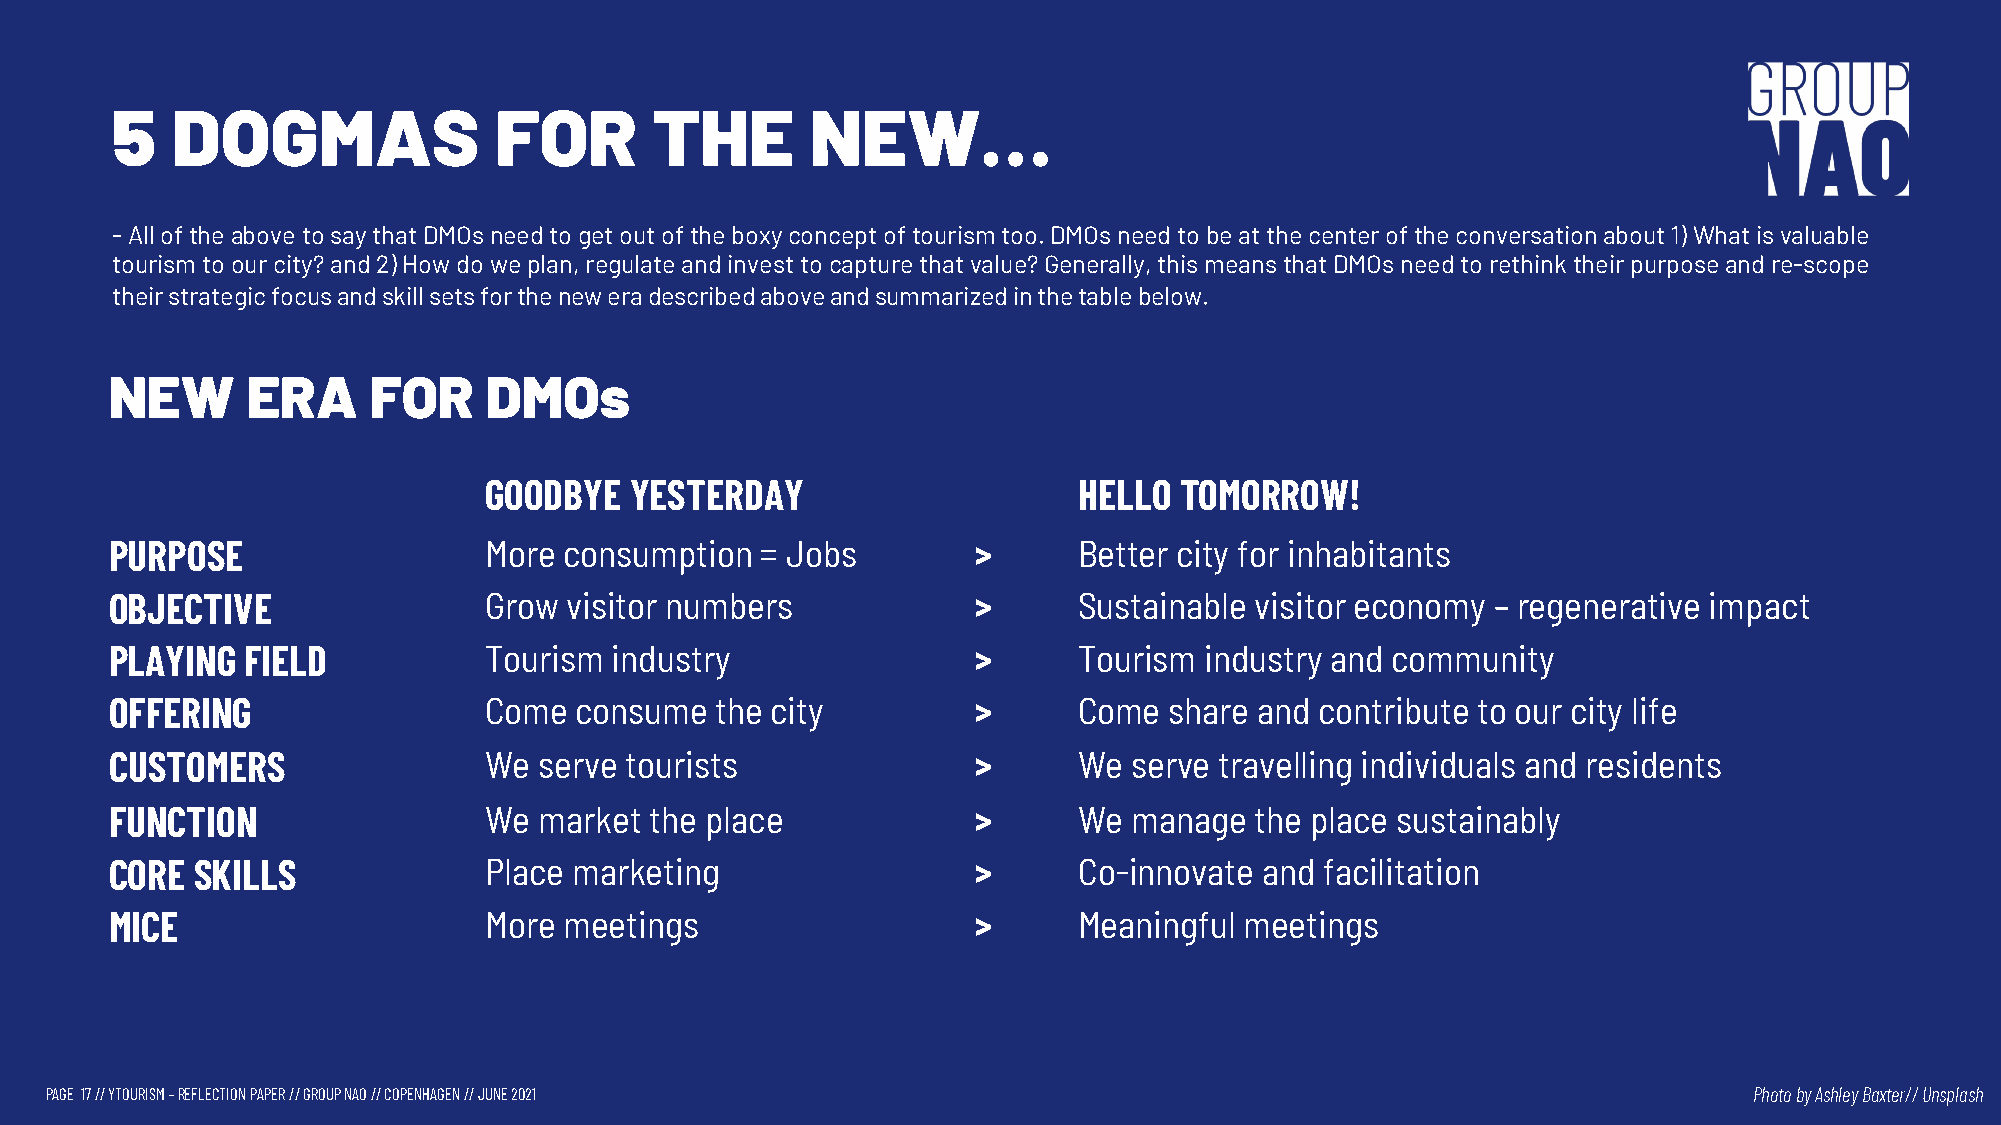
5   DOGMAS                FOR       THE        NEW…
 -AlloftheabovetosaythatDMOsneedtogetoutoftheboxyconceptoftourismtoo.DMOsneedtobeatthecenteroftheconversationabout1)Whatisvaluable
 tourismtoourcity?and2)Howdoweplan,regulateandinvesttocapturethatvalue?Generally,thismeansthatDMOsneedtorethinktheirpurposeandre-scope
 theirstrategicfocusandskillsetsfortheneweradescribedaboveandsummarizedinthetablebelow.
 NEW      ERA     FOR     DMOs
 GOODBYE   YESTERDAY                    HELLO  TOMORROW!
 PURPOSE                  More consumption  = Jobs        >      Better city for inhabitants
 OBJECTIVE                Grow  visitor numbers           >      Sustainable visitor economy – regenerative impact
 PLAYING  FIELD           Tourism industry                >      Tourism  industry and community
 OFFERING                 Come  consume  the city         >      Come  share and contribute to our city life
 CUSTOMERS                We  serve tourists              >      We  serve travelling individuals and residents
 FUNCTION                 We  market the place            >      We  manage  the place sustainably
 CORE  SKILLS             Place marketing                 >      Co-innovate  and facilitation
 MICE                     More meetings                   >      Meaningful meetings
 PAGE 17// YTOURISM –REFLECTION PAPER // GROUP NAO // COPENHAGEN // JUNE 2021                                     Photo byAshley Baxter//Unsplash